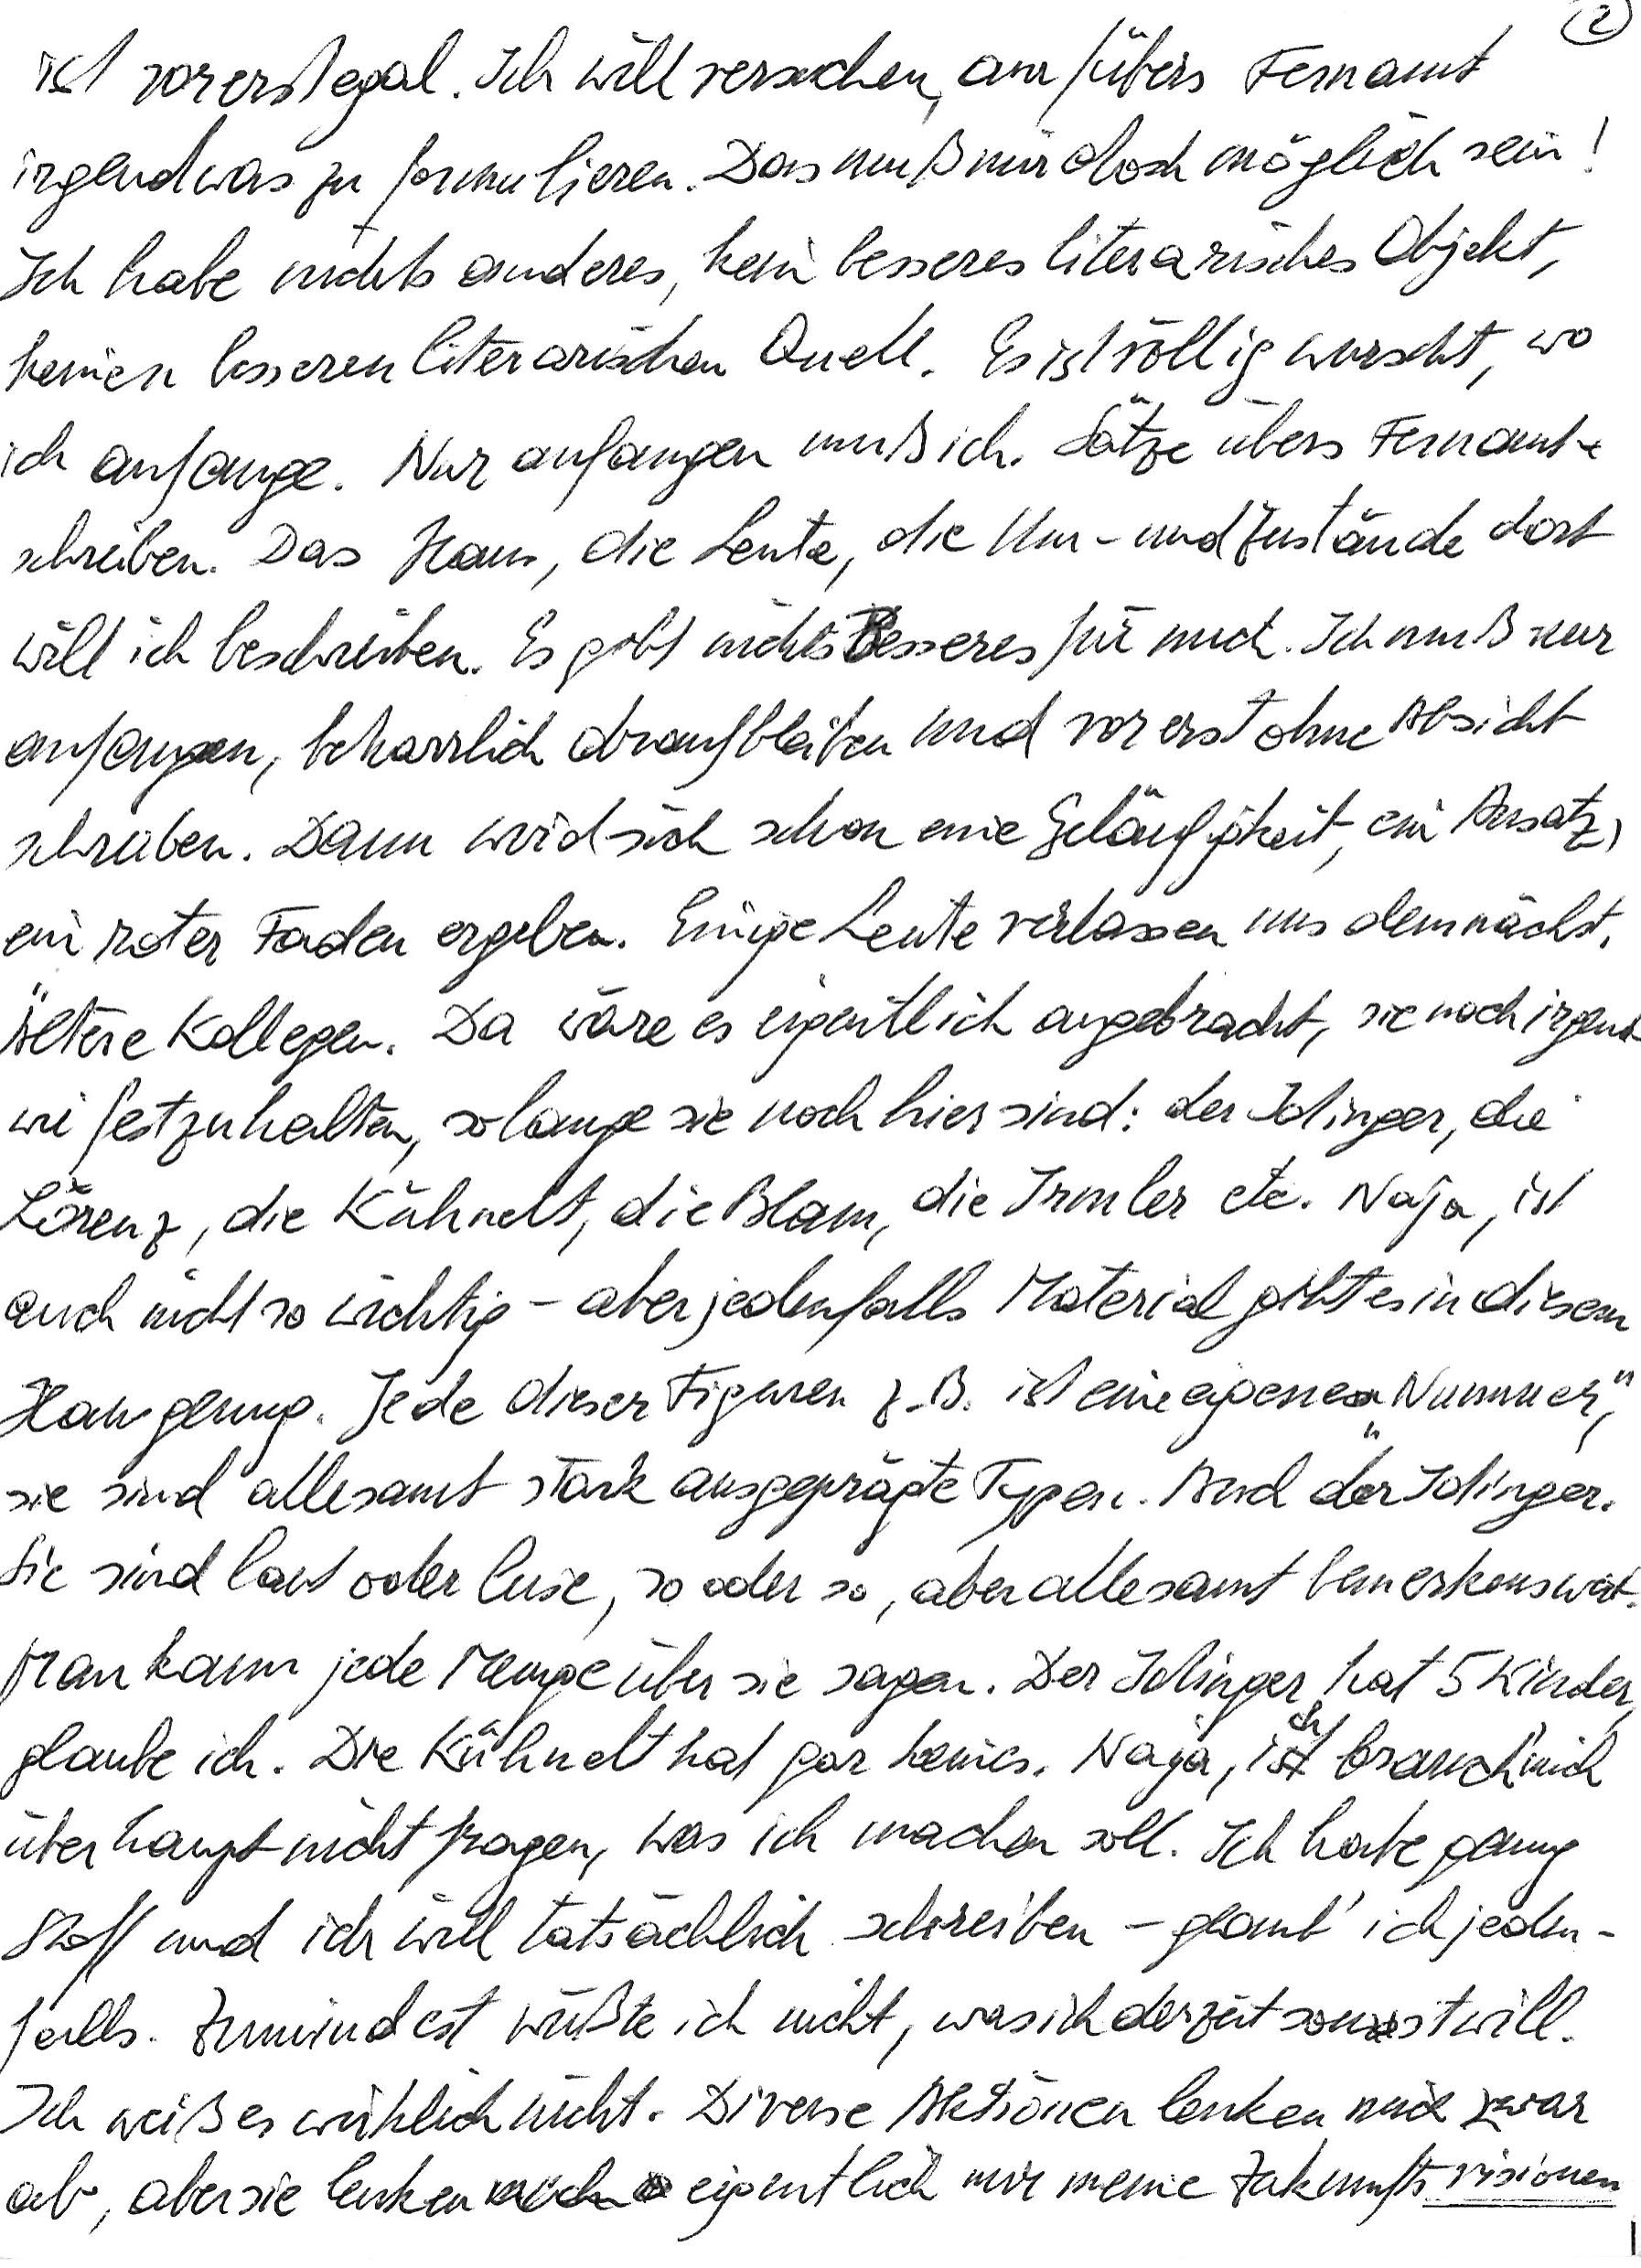
ist vorerst egal. Ich will versuchen, am/übers Fernamt
irgendwas zu formulieren. Das muß mir doch möglich sein!
Ich habe nichts anderes, kein besseres literarisches Objekt,
keinen besseren literarischen Quell. Es ist völlig wurscht, wo
ich anfange. Nur anfangen muß ich. Sätze übers Fernamt
schreiben. Das Haus, die Leute, die Um- und Zustände dort
will ich beschreiben. Es gibt nichts Besseres für mich. Ich muß nur
anfangen, beharrlich draufbleiben und vorerst ohne Absicht
schreiben. Dann wird sich schon eine Geläufigkeit, ein Ansatz,
ein roter Faden ergeben. Einige Leute verlassen uns demnächst.
Ältere Kollegen. Da wäre es eigentlich angebracht, sie noch irgend-
wie festzuhalten, so lange sie noch hier sind: der Idinger, die
Lorenz, die Kühnelt, die Blam, die Irmler etc. Naja, ist
auch nicht so wichtig – aber jedenfalls Material gibt es in diesem
Haus genug. Jede dieser Figuren z. B. ist eine eigene „Nummer“,
sie sind allesamt stark ausgeprägte Typen. Auch der Idinger.
Sie sind laut oder leise, so oder so, aber allesamt bemerkenswert.
Man kann jede Menge über sie sagen. Der Idinger hat 5 Kinder,
glaube ich. Die Kühnelt hat gar keines. Naja, ich brauch‘ mich
überhaupt nicht fragen, was ich machen soll. Ich habe genug
Stoff und ich will tatsächlich schreiben – glaub‘ ich jeden-
falls. Zumindest wüßte ich nicht, was ich derzeit sonst will.
Ich weiß es wirklich nicht. Diverse Aktionen lenken mich zwar
ab, aber sie lenken eigentlich nur meine Zukunftsvisionen